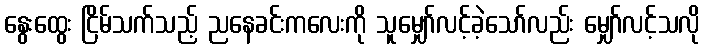
နွေးထွေး ငြိမ်သက်သည့် ညနေခင်းကလေးကို သူမျှော်လင့်ခဲ့သော်လည်း မျှော်လင့်သလို